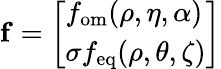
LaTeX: \mathbf{f}=\left[\begin{array}{l}{f_{\mathrm{om}}(\rho,\eta,\alpha)}\\ {\sigma f_{\mathrm{eq}}(\rho,\theta,\zeta)}\end{array}\right]